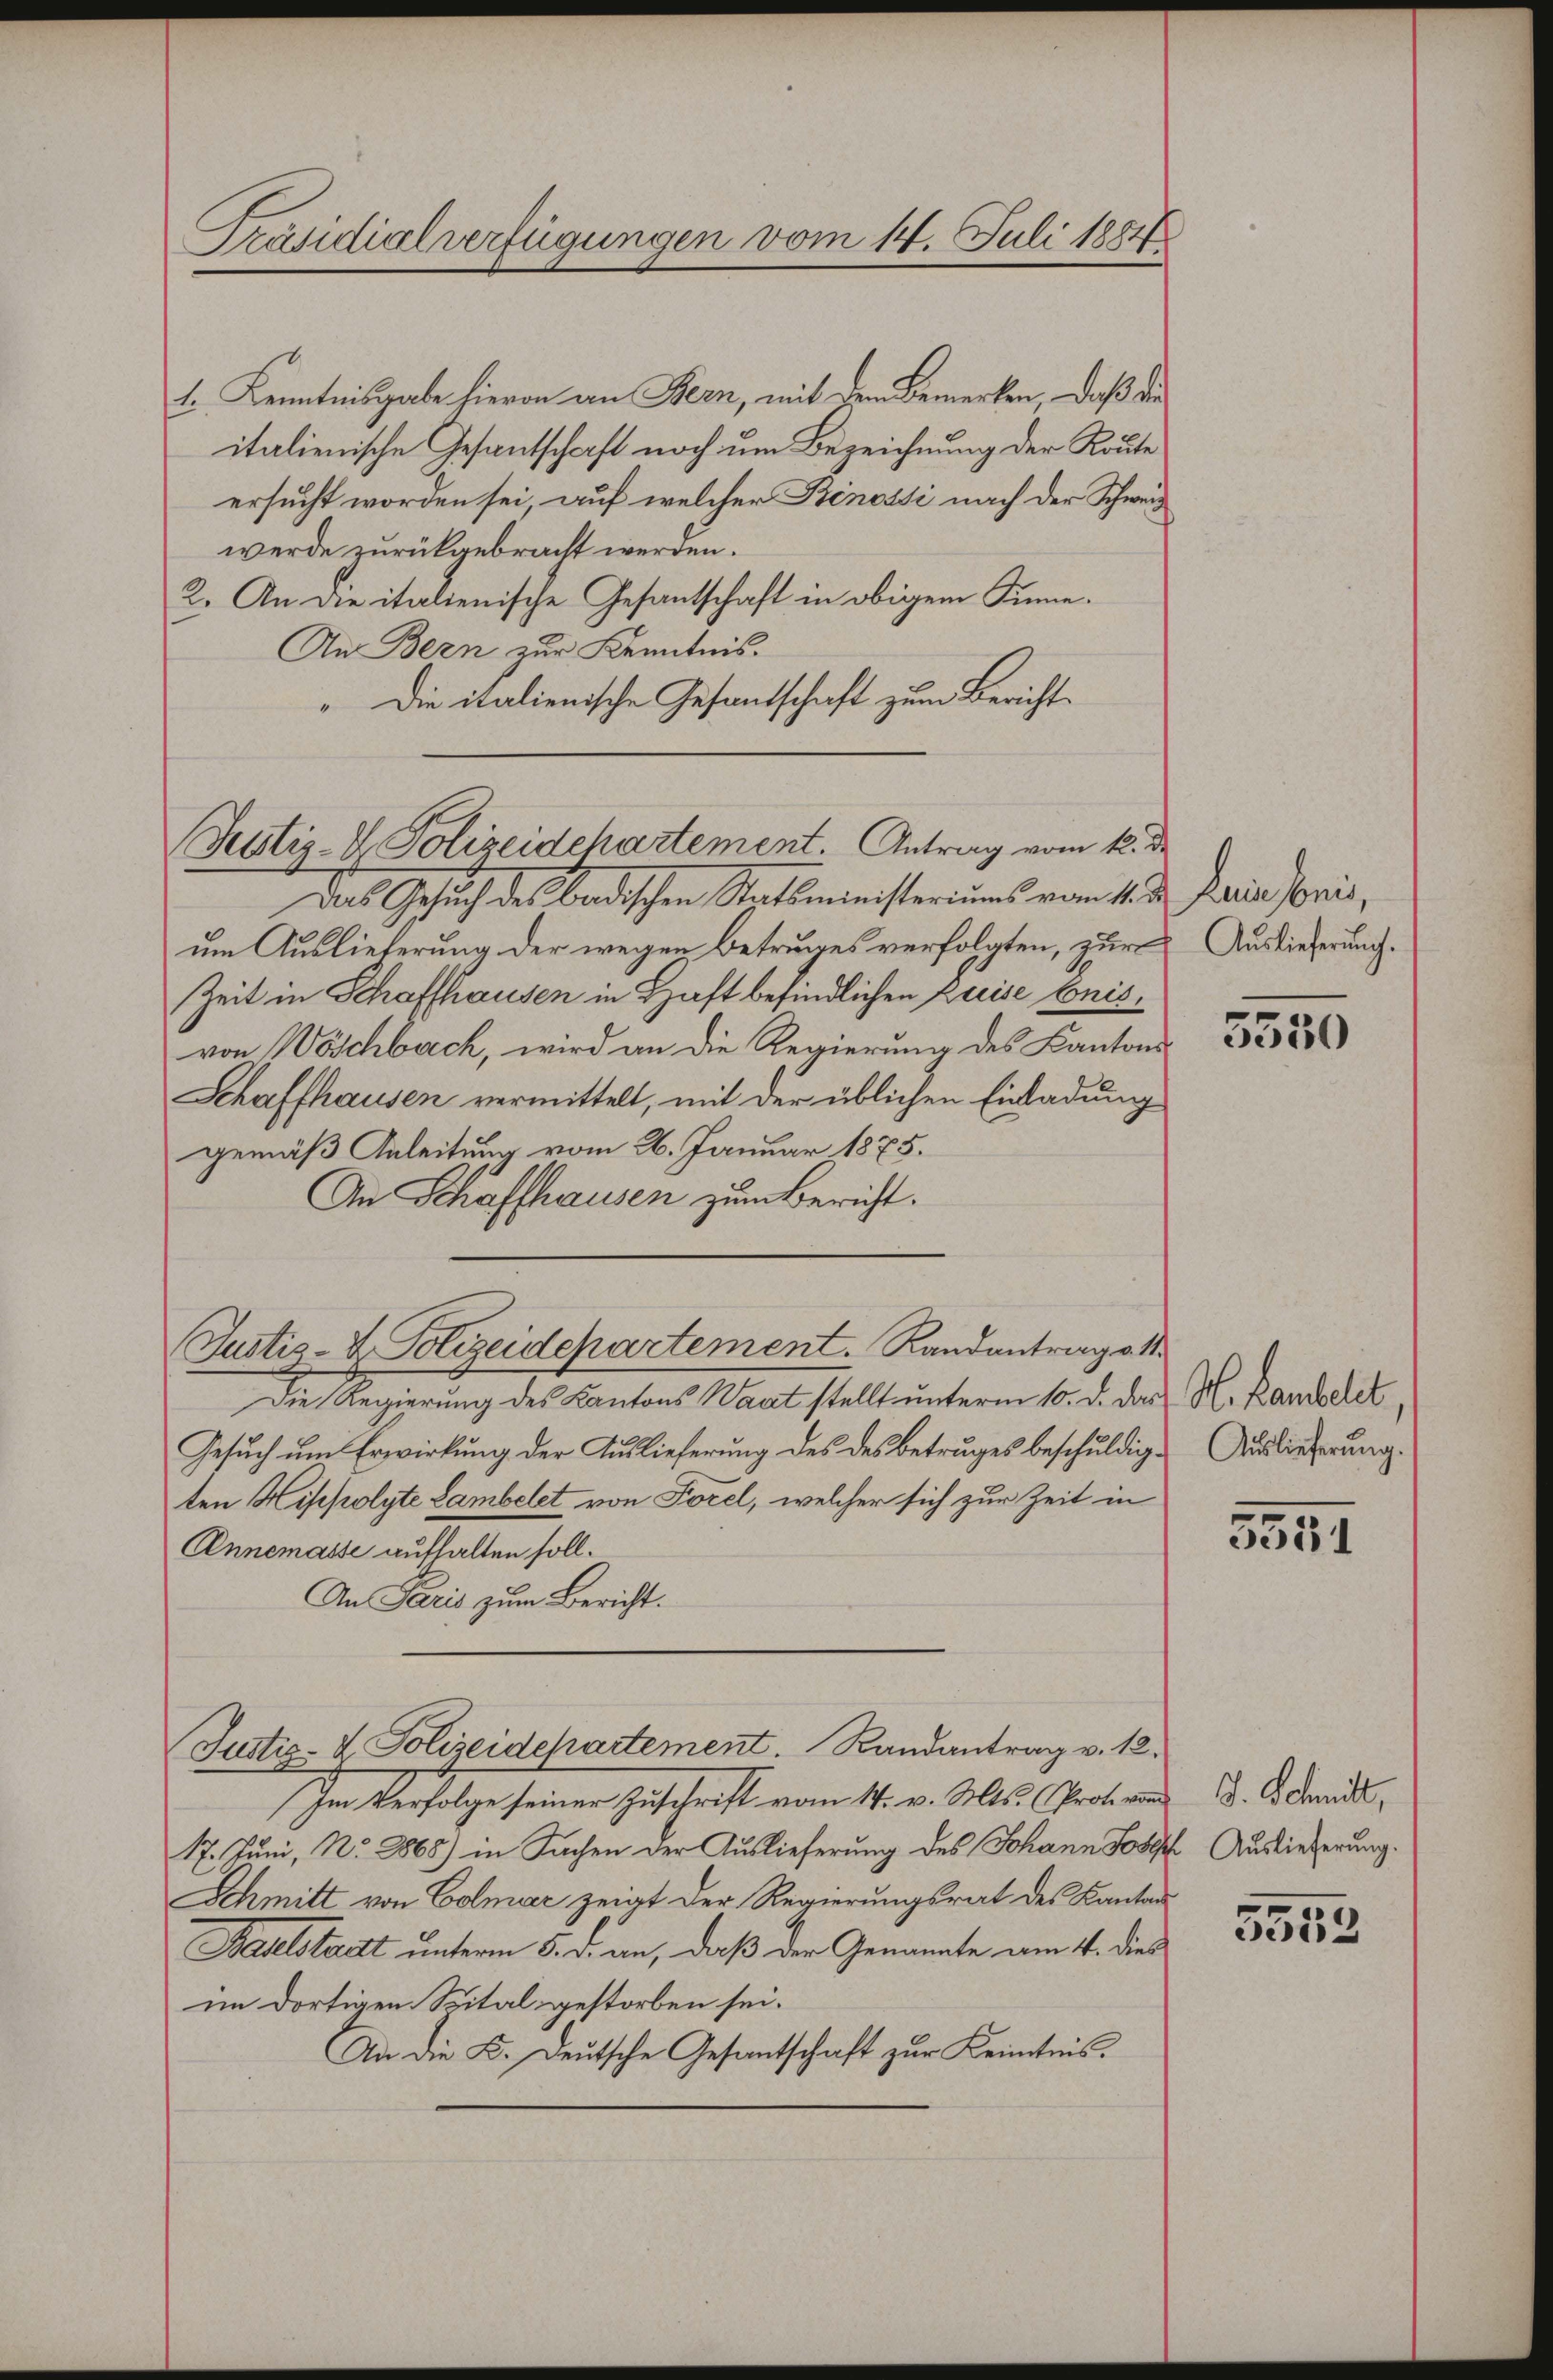
1. Kenntnisgabe hievon an Bern, mit dem Bemerken, daß die
italienische Gesantschaft noch um Bezeichnung der Route
ersucht worden sei, auf welcher Binossi nach der Schweiz
werde zurückgebracht werden.
2. An die italienische Gesantschaft in obigem Sinne.
An Bern zur Kenntnis.
" Die italienische Gesandschaft zum Bericht¬

Präsidialverfügungen vom 14. Juli 1884

Justiz- & Polizeidchartement. Antrag vom 12. de

Das Gesuch des badischen Statsministeriums vom 1. d
um Auslieferung der wegen Betruges verfolgten, zur
Zeit in Schaffhausen in Haft befindlichen Luise beisvon Wöschbach, wird an die Regierung des Kantons-
Schaffhausen vermittelt, mit der üblichen Einladung
gemäß Anleitung vom 26. Januar 1875.
An Schaffhausen zum Bericht.

Justiz- & Polizeidepartement.  Randantrage 11.

Die Regierung des Kantons Waat stellt unterm 10. d. das H. Rameler
Gesuch um Erwirkung der Auslieferung des des Betruges beschuldig. Auslieferung.
ten Hippolyte Lambelet von Forel, welcher sich zur Zeit in
Annemasse aufhalten soll.
An Paris zum Bericht.
Im Verfolge seiner Zuschrift vom 14. v. Mts. Chrat. von
17. Juni, No. 2868) in Sachen der Auslieferung des Johann Jose
Schmitt von Colmar zeigt der Regierungsrat des Kanton
Pedelstadtt unterm 5. d. an, daß der Genannte am 4. dies
im dortigen Spital gestorben sei.
An die K. Deutsche Gesantschaft zur Kenntnis.

Justiz- & Polizeidepartement. Randantrag v. 12.

Leine sonis,
Auslieferung.

3550

5551

J. Schmitt,
 Auslieferung.

5553